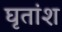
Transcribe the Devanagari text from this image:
घृतांश